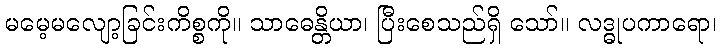
မမေ့မလျော့ခြင်းကိစ္စကို။ သာဓေန္တိယာ၊ ပြီးစေသည်ရှိ သော်။ လဒ္ဓုပကာရော၊